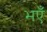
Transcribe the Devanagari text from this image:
भएँ